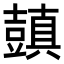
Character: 𧰊